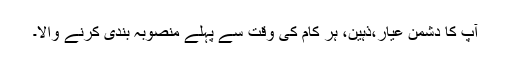
آپ کا دشمن عیار،ذہین، ہر کام کی وقت سے پہلے منصوبہ بندی کرنے والا۔